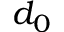
d _ { 0 }